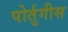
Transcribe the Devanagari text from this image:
पोर्तुगीस